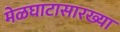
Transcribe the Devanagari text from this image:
मेळघाटासारख्या